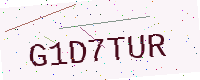
Text: G1D7TUR